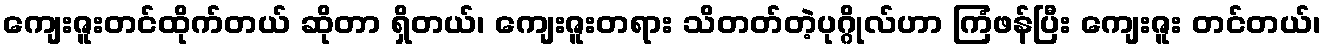
ကျေးဇူးတင်ထိုက်တယ် ဆိုတာ ရှိတယ်၊ ကျေးဇူးတရား သိတတ်တဲ့ပုဂ္ဂိုလ်ဟာ ကြံဖန်ပြီး ကျေးဇူး တင်တယ်၊